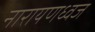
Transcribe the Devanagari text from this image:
नारायणध्वज